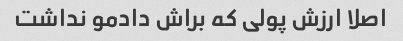
اصلا ارزش پولی که براش دادمو نداشت